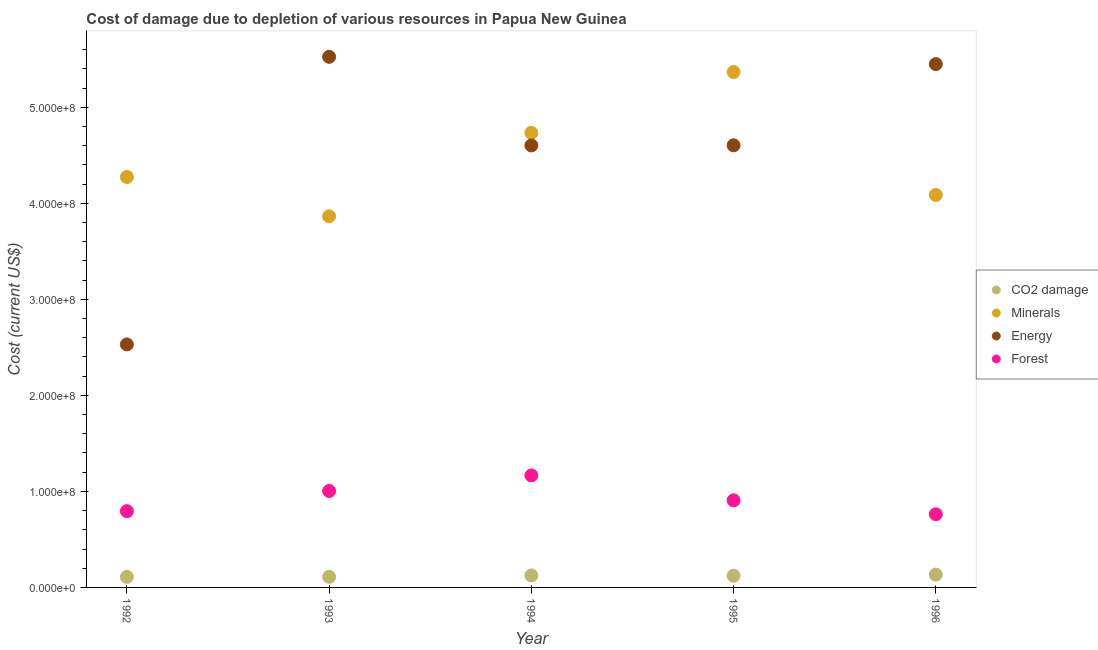
| Year | CO2 damage | Minerals | Energy | Forest |
 | --- | --- | --- | --- | --- |
 | 1992 | 1.1e+07 | 4.27e+08 | 2.53e+08 | 7.94e+07 |
 | 1993 | 1.1e+07 | 3.86e+08 | 5.53e+08 | 1e+08 |
 | 1994 | 1.25e+07 | 4.73e+08 | 4.6e+08 | 1.17e+08 |
 | 1995 | 1.22e+07 | 5.37e+08 | 4.6e+08 | 9.07e+07 |
 | 1996 | 1.33e+07 | 4.09e+08 | 5.45e+08 | 7.62e+07 |